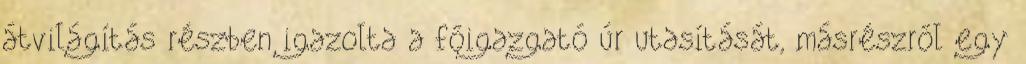
átvilágítás részben igazolta a főigazgató úr utasítását, másrészről egy